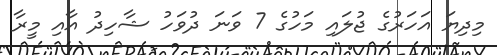
މިދިޔަ އަހަރުގެ ޖުލައި މަހުގެ 7 ވަނަ ދުވަހު ޝާހިދު އާއި މީރާ